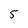
Character: 5